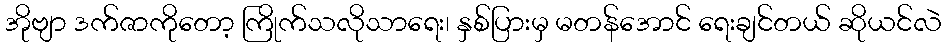
အိုဗျာ ဒက်ဇာကိုတော့ ကြိုက်သလိုသာရေး၊ နှစ်ပြားမှ မတန်အောင် ရေးချင်တယ် ဆိုယင်လဲ